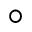
\circ